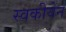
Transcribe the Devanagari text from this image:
स्वकीयेन